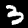
Label: 3